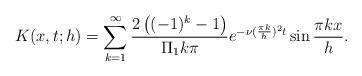
LaTeX: \begin{align*}K(x,t;h)=\sum_{k=1}^{\infty}\frac{2\left((-1)^k-1\right)}{\Pi_1 k \pi}e^{-\nu(\frac{\pi k}{h})^2t}\sin\frac{\pi k x}{h}.\end{align*}